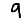
Digit: 9